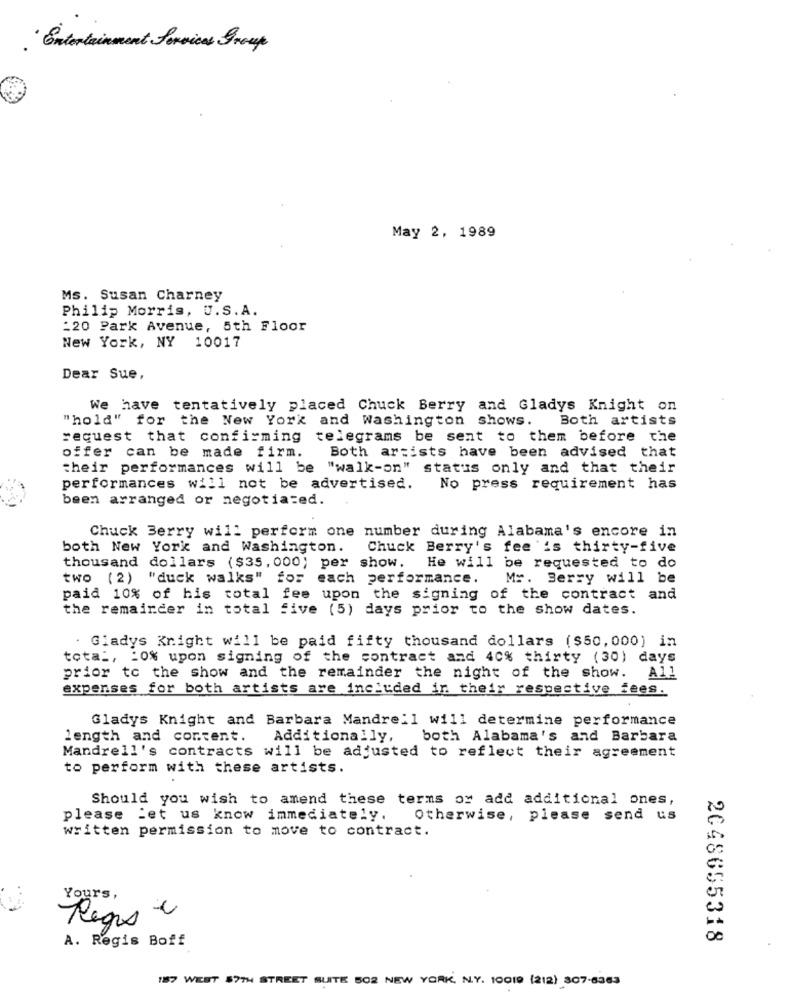
. Entertainment Services Group
May 2, 1989
Ms. Susan Charney
Philip Morris, U.S. A.
:20 Park Avenue, 5th Floor
New York, NY 10017
Dear Sue,
We have tentatively placed Chuck Berry and Gladys Knight on
"hold" for the New York and Washington shows.
Both artists
request that confirming telegrams be sent to them before the
offer can be made firm.
Both artists have been advised that
their performances will be "walk-on" status only and that their
performances will not be advertised.
No press requirement has
been arranged or negotiated.
Chuck Berry will perform one number during Alabama's encore in
both New York and Washington.
Chuck Berry's fee is thirty-five
thousand dollars ($35, 000; per show. He will be requested to do
two (2) "duck walks" for each performance.
Mr. Berry will be
paid 10% of his total fee upon the signing of the contract and
the remainder in total five (5) days prior to the show dates.
. Gladys Knight will be paid fifty thousand dollars ($50,000) in
total, : 0% upon signing of the contract and 40% thirty (30) days
prior to the show and the remainder the night of the show.
A11
expenses for both artists are included in their respective fees.
Gladys Knight and Barbara Mandrell will determine performance
length and content.
Additionally,
both Alabama's and Barbara
Mandrell's contracts will be adjusted to reflect their agreement
to perform with these artists.
Should you wish to amend these terms or add additional ones,
please let us know immediately.
Otherwise, please send us
written permission to move to contract.
Yours,
Regus e
A. Regis Boff
2048655318
187 WEST $7TH STREET SUITE 502 NEW YORK, N.Y. 10019 (212) 307-8363